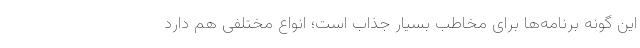
این گونه برنامه‌ها برای مخاطب بسیار جذاب است؛ انواع مختلفی هم دارد